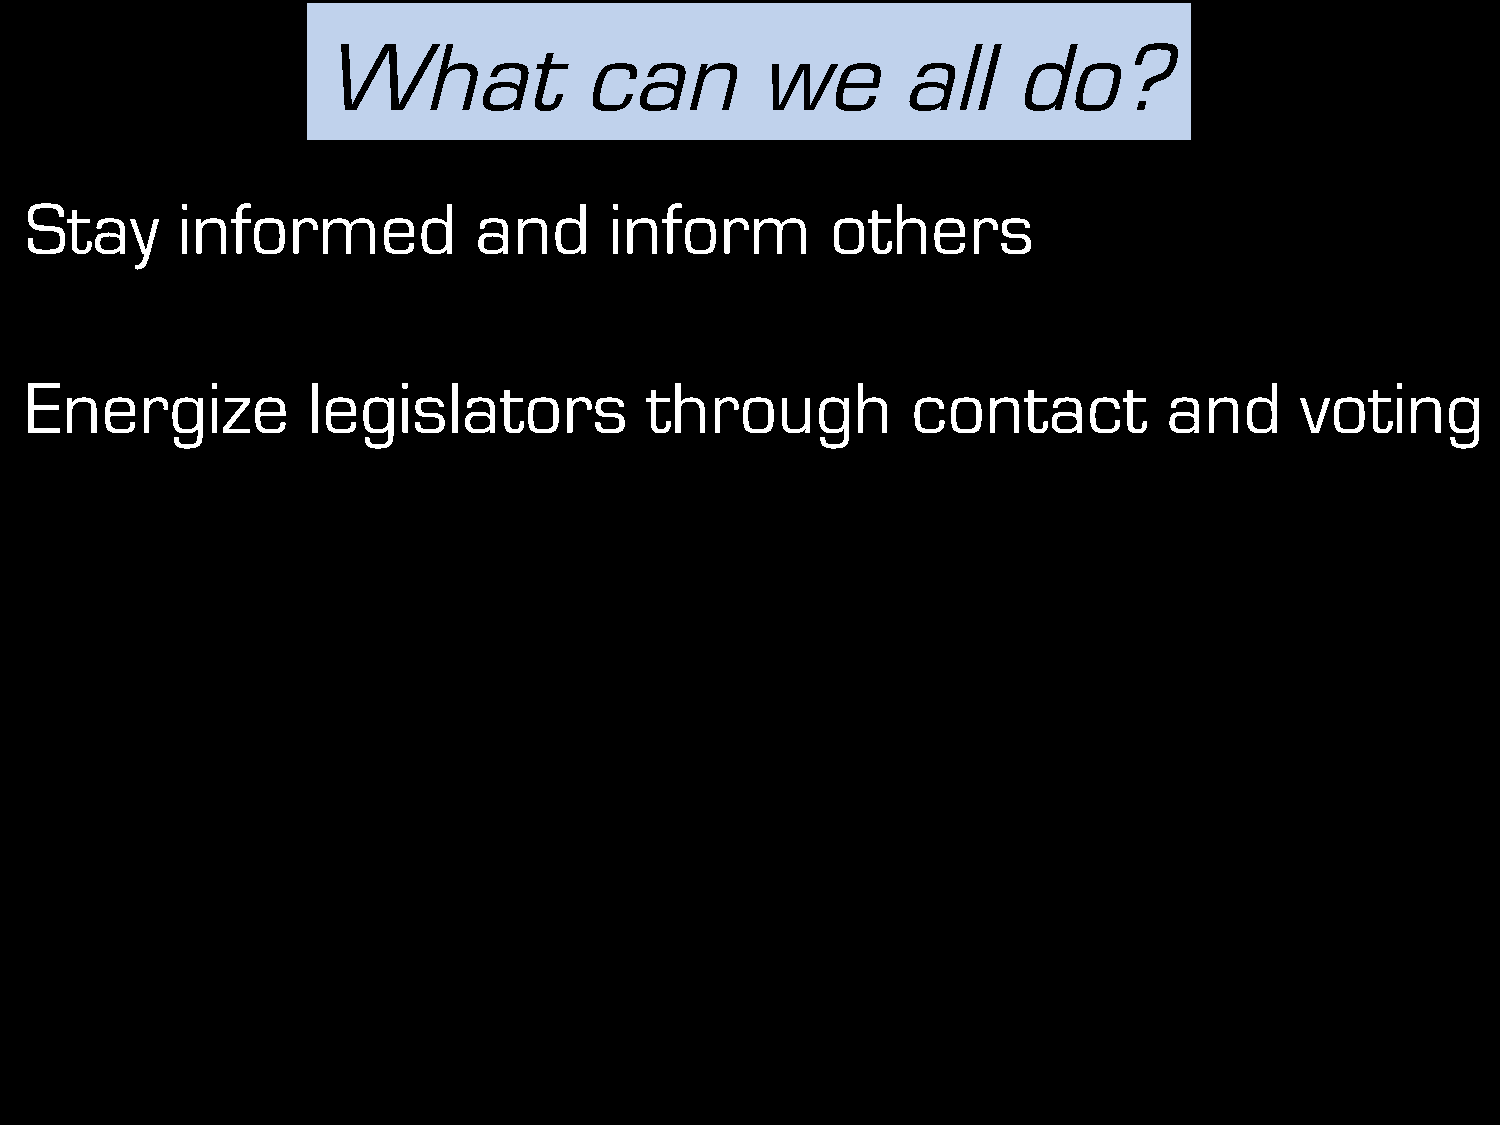
What             can         we       all     do?
 Stay      informed           and      inform         others
 Energize          legislators            through          contact          and      voting